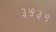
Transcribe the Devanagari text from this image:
३५३९